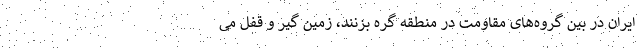
ایران در بین گروه‌های مقاومت در منطقه گره بزنند، زمین گیر و قفل می